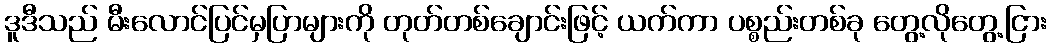
ဒူဒီသည် မီးလောင်ပြင်မှပြာများကို တုတ်တစ်ချောင်းဖြင့် ယက်ကာ ပစ္စည်းတစ်ခု တွေ့လိုတွေ့ငြား